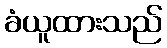
ခံယူထားသည်